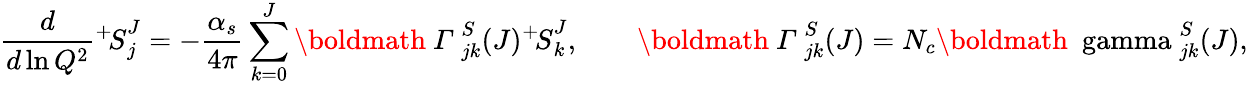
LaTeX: \frac{d}{d\ln Q^{2}}{^+\! S}_{j}^{J}=-\frac{\alpha_{s}}{4\pi}\sum_{k=0}^{J}{\mathrm{\boldmath~{\mit\Gamma}~}_{jk}^{S}}(J){^+\! S}_{k}^{J},\qquad{\mathrm{\boldmath~{\mit\Gamma}~}_{jk}^{S}}(J)=N_{c}{\mathrm{\boldmath~{\ gamma}~}_{jk}^{S}}(J),